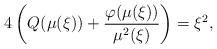
LaTeX: \begin{align*}4\left(Q(\mu(\xi))+\frac{\varphi(\mu(\xi))}{\mu^2(\xi)} \right)=\xi^2,\end{align*}